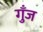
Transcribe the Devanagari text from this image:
गुँज